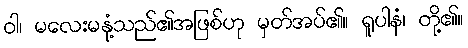
ဝါ၊ မလေးမနုံ့သည်၏အဖြစ်ဟု မှတ်အပ်၏။ ရူပါနံ၊ တို့၏။